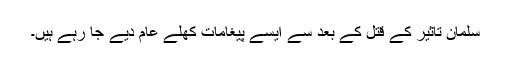
سلمان تاثیر کے قتل کے بعد سے ایسے پیغامات کھلے عام دیے جا رہے ہیں۔